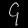
Digit: ၄